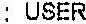
: USER